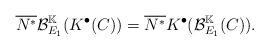
LaTeX: \begin{align*}\overline{N^*}\mathcal{B}_{E_1}^{\mathbb{K}}(K^{\bullet}(C)) = \overline{N^*}K^{\bullet}(\mathcal{B}_{E_1}^{\mathbb{K}}(C)).\end{align*}